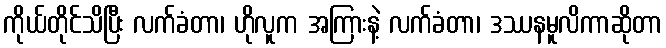
ကိုယ်တိုင်သိပြီး လက်ခံတာ၊ ဟိုလူက အကြားနဲ့ လက်ခံတာ၊ ဒဿနမူလိကာဆိုတာ